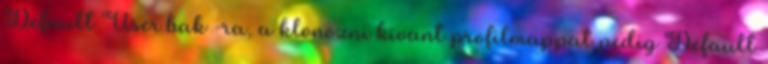
Default User.bak -ra, a klonozni kivant profilmappat pedig Default